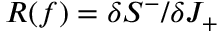
R ( f ) = \delta S ^ { - } / \delta J _ { + }